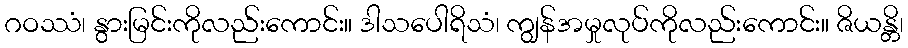
ဂဝဿံ၊ နွားမြင်းကိုလည်းကောင်း။ ဒါသပေါရိသံ၊ ကျွန်အမှုလုပ်ကိုလည်းကောင်း။ ဇိယန္တိ၊